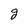
Character: g